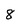
Character: 8